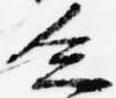
乏